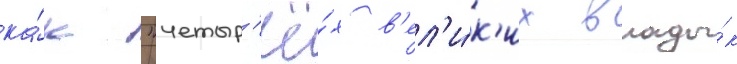
ка́к "четыр'ё́х в'ел'и́к'их влады́к